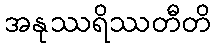
အနုဿရိဿတီတိ